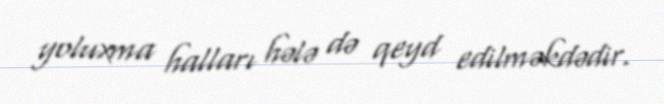
yoluxma halları hələ də qeyd edilməkdədir.